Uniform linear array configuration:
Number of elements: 48
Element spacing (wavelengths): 0.25
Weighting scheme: hann
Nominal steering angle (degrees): -45
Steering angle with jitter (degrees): -43.384
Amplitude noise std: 0.05
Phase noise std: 0.05

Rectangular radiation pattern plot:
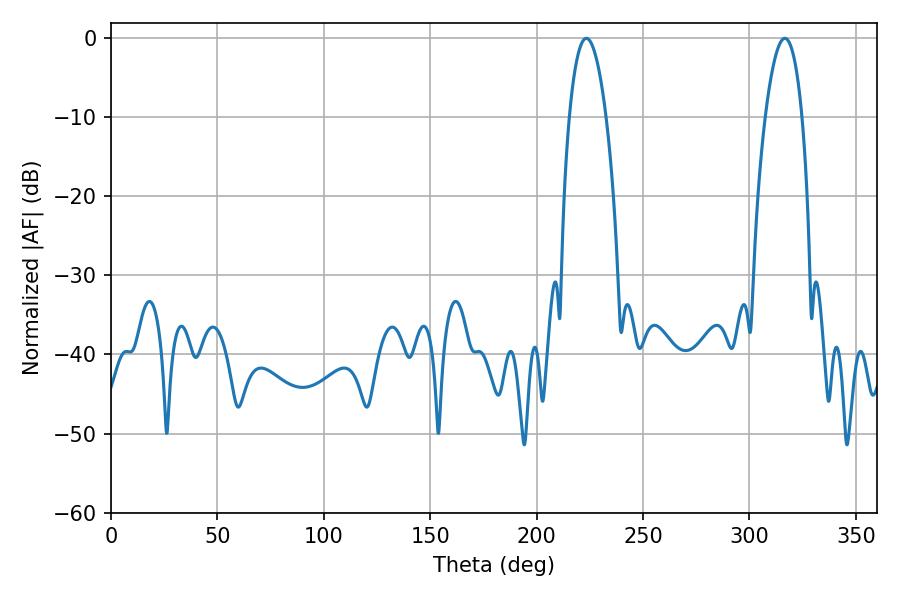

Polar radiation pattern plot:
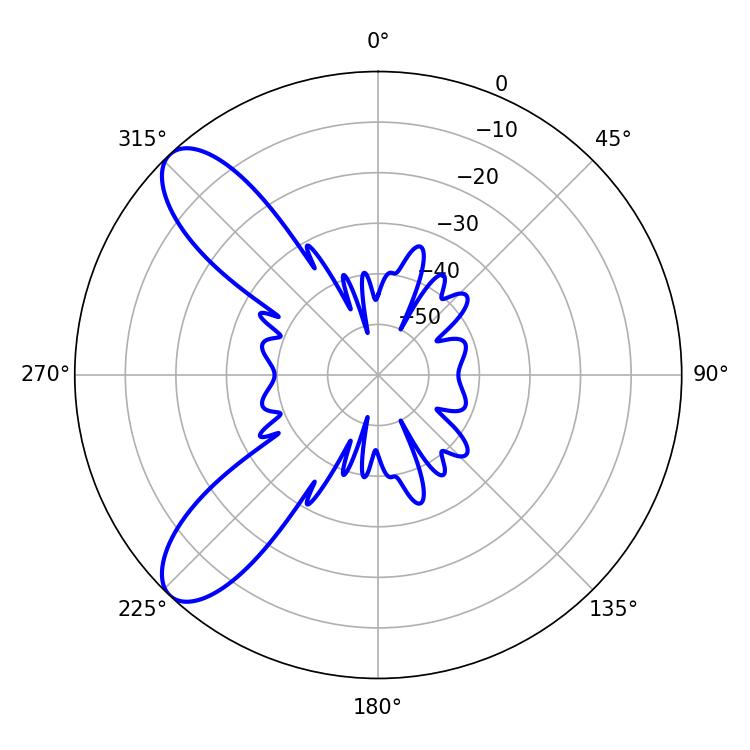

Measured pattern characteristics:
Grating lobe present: FALSE
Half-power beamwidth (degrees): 9.72
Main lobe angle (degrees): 223.38